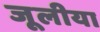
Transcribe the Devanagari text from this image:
जूलीया